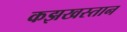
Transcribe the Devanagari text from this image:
कझखस्तान